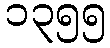
၁၃၅၅